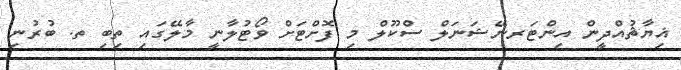
ޣިޔާޘުއްދީން އިންޓަރނޭޝަނަލް ސްކޫލް މި ފޮށްޓަށް ވޯޓުލާނީ މާލޭގައި ތިބި ތ. ބުރުނި